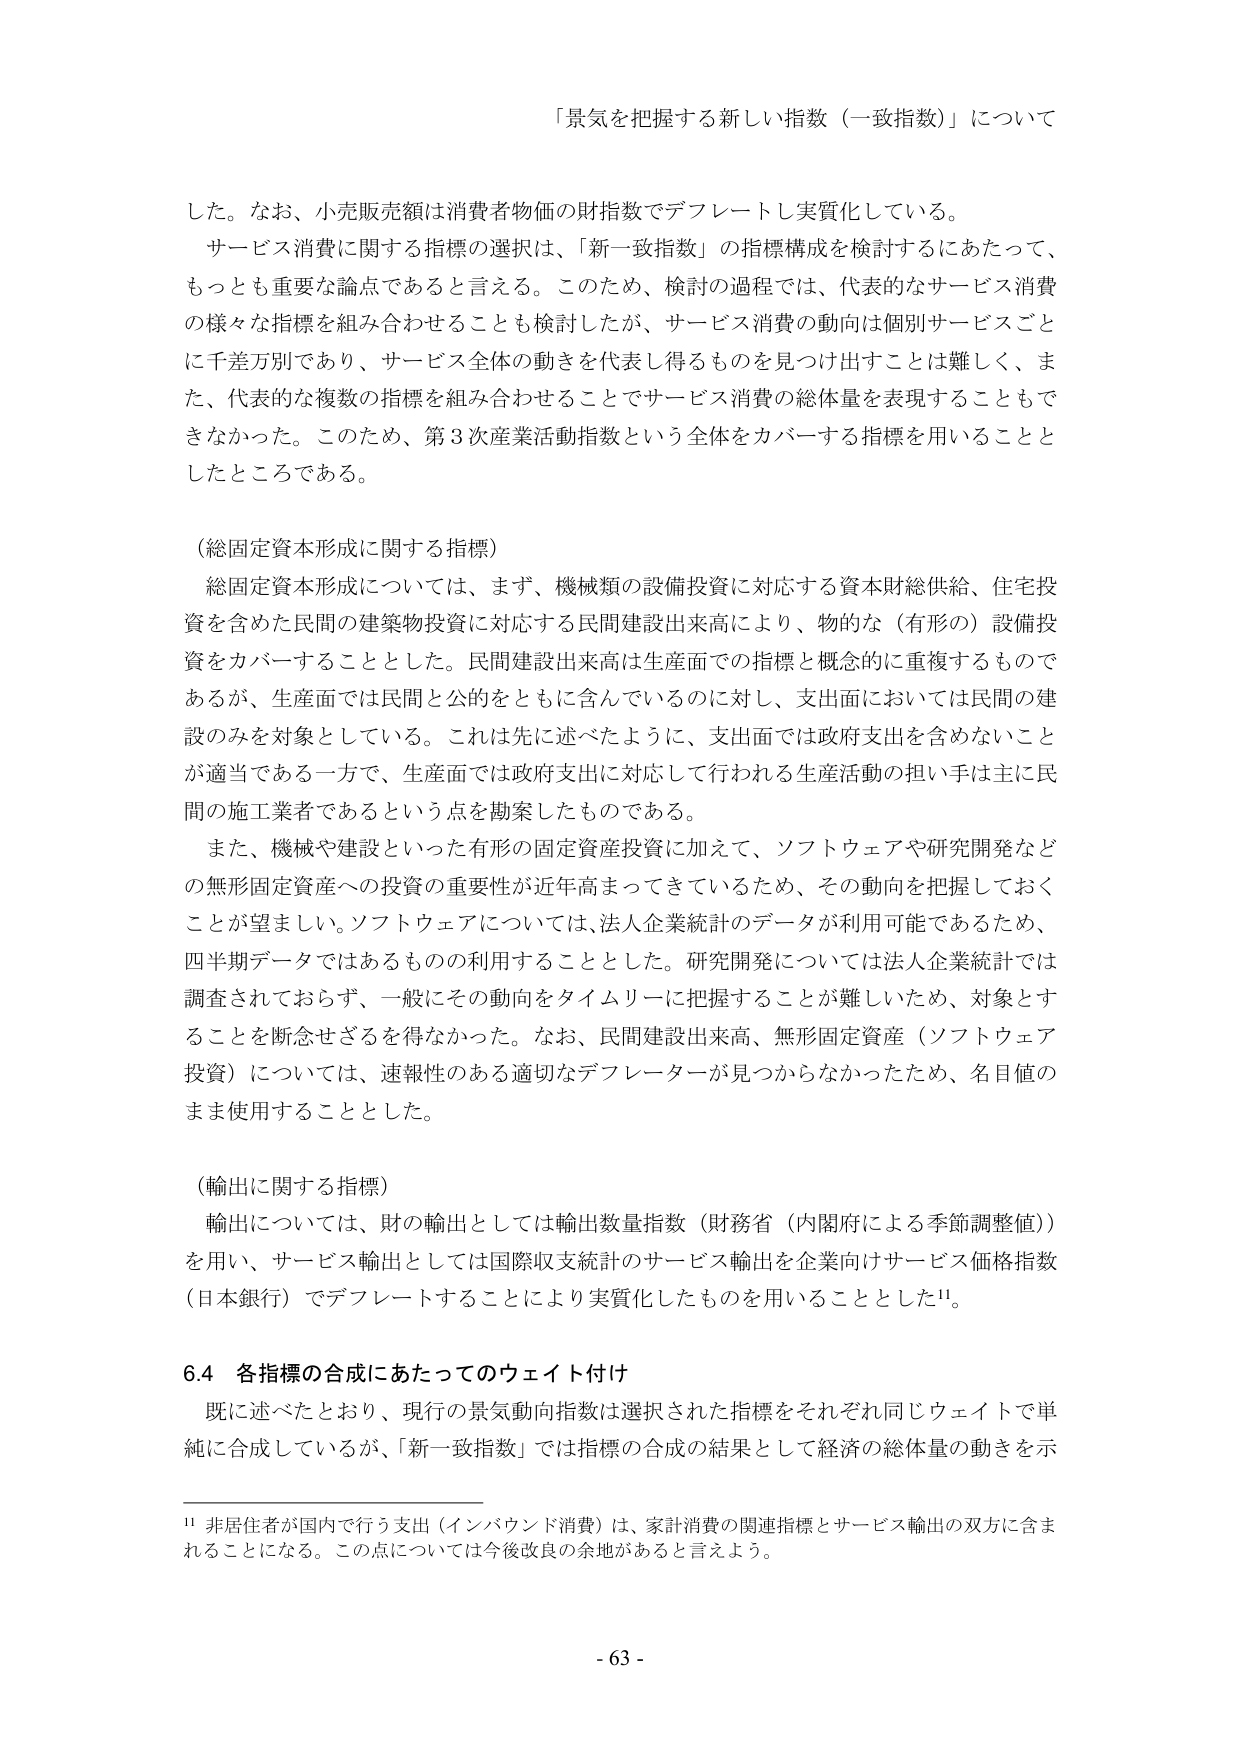
「景気を把握する新しい指数（一致指数）」について

した。なお、小売販売額は消費者物価の財指数でデフレートし実質化している。

サービス消費に関する指標の選択は、「新一致指数」の指標構成を検討するにあたって、もっとも重要な論点であると言える。このため、検討の過程では、代表的なサービス消費の様々な指標を組み合わせることも検討したが、サービス消費の動向は個別サービスごとに千差万別であり、サービス全体の動きを代表し得るものを見つけることは難しく、また、代表的な複数の指標を組み合わせることでサービス消費の総体量を表現することもできなかった。このため、第3次産業活動指数という全体をカバーする指標を用いることとしたところである。

（総固定資本形成に関する指標）

総固定資本形成については、まず、機械類の設備投資に対応する資本財総供給、住宅投資を含めた民間の建築物投資に対応する民間建設出来高により、物的な（有形の）設備投資をカバーすることとした。民間建設出来高は生産面での指標と概念的に重複するものであるが、生産面では民間と公のをともに含んでいるのに対し、支出面においては民間の建設のみを対象としている。これは先に述べたように、支出面では政府支出を含まないことが適当である一方で、生産面では政府支出に対応して行われる生産活動の担い手は主に民間の施工業者であるという点を勘案したものである。

また、機械や建設といった有形の固定資産投資に加えて、ソフトウェアや研究開発などの無形固定資産への投資の重要性が近年高まってきているため、その動向を把握しておくことが望ましい。ソフトウェアについては、法人企業統計のデータが利用可能であるため、四半期データではあるものの利用することとした。研究開発については法人企業統計では調査されておらず、一般にその動向をタイムリーに把握することが難しいため、対象とすることを断念せざるを得なかった。なお、民間建設出来高、無形固定資産（ソフトウェア投資）については、速報性のある適切なデフレーターが見つからなかったため、名目値のまま使用することとした。

（輸出に関する指標）

輸出については、財の輸出としては輸出数量指数（財務省（内閣府による季節調整値））を用い、サービス輸出としては国際収支統計のサービス輸出を企業向けサービス価格指数（日本銀行）でデフレートすることにより実質化したものを用いることとした¹¹。

6.4 各指標の合成にあたってのウェイト付け

既に述べたとおり、現行の景気動向指数は選択された指標をそれぞれ同じウェイトで単純に合成しているが、「新一致指数」では指標の合成の結果として経済の総体量の動きを示

¹¹ 非居住者が国内で行う支出（インバウンド消費）は、家計消費の関連指標とサービス輸出の双方に含まれることになる。この点については今後改良の余地があると言えよう。

- 63 -